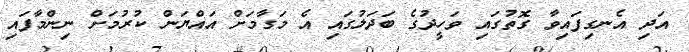
އަދި އެނގިފައިވާ ގޮތުގައި ވަހީދުގެ ބަދަލުގައި އެ މަގާމަށް އައްޔަން ކުރުމަށް ނިންމާފައި